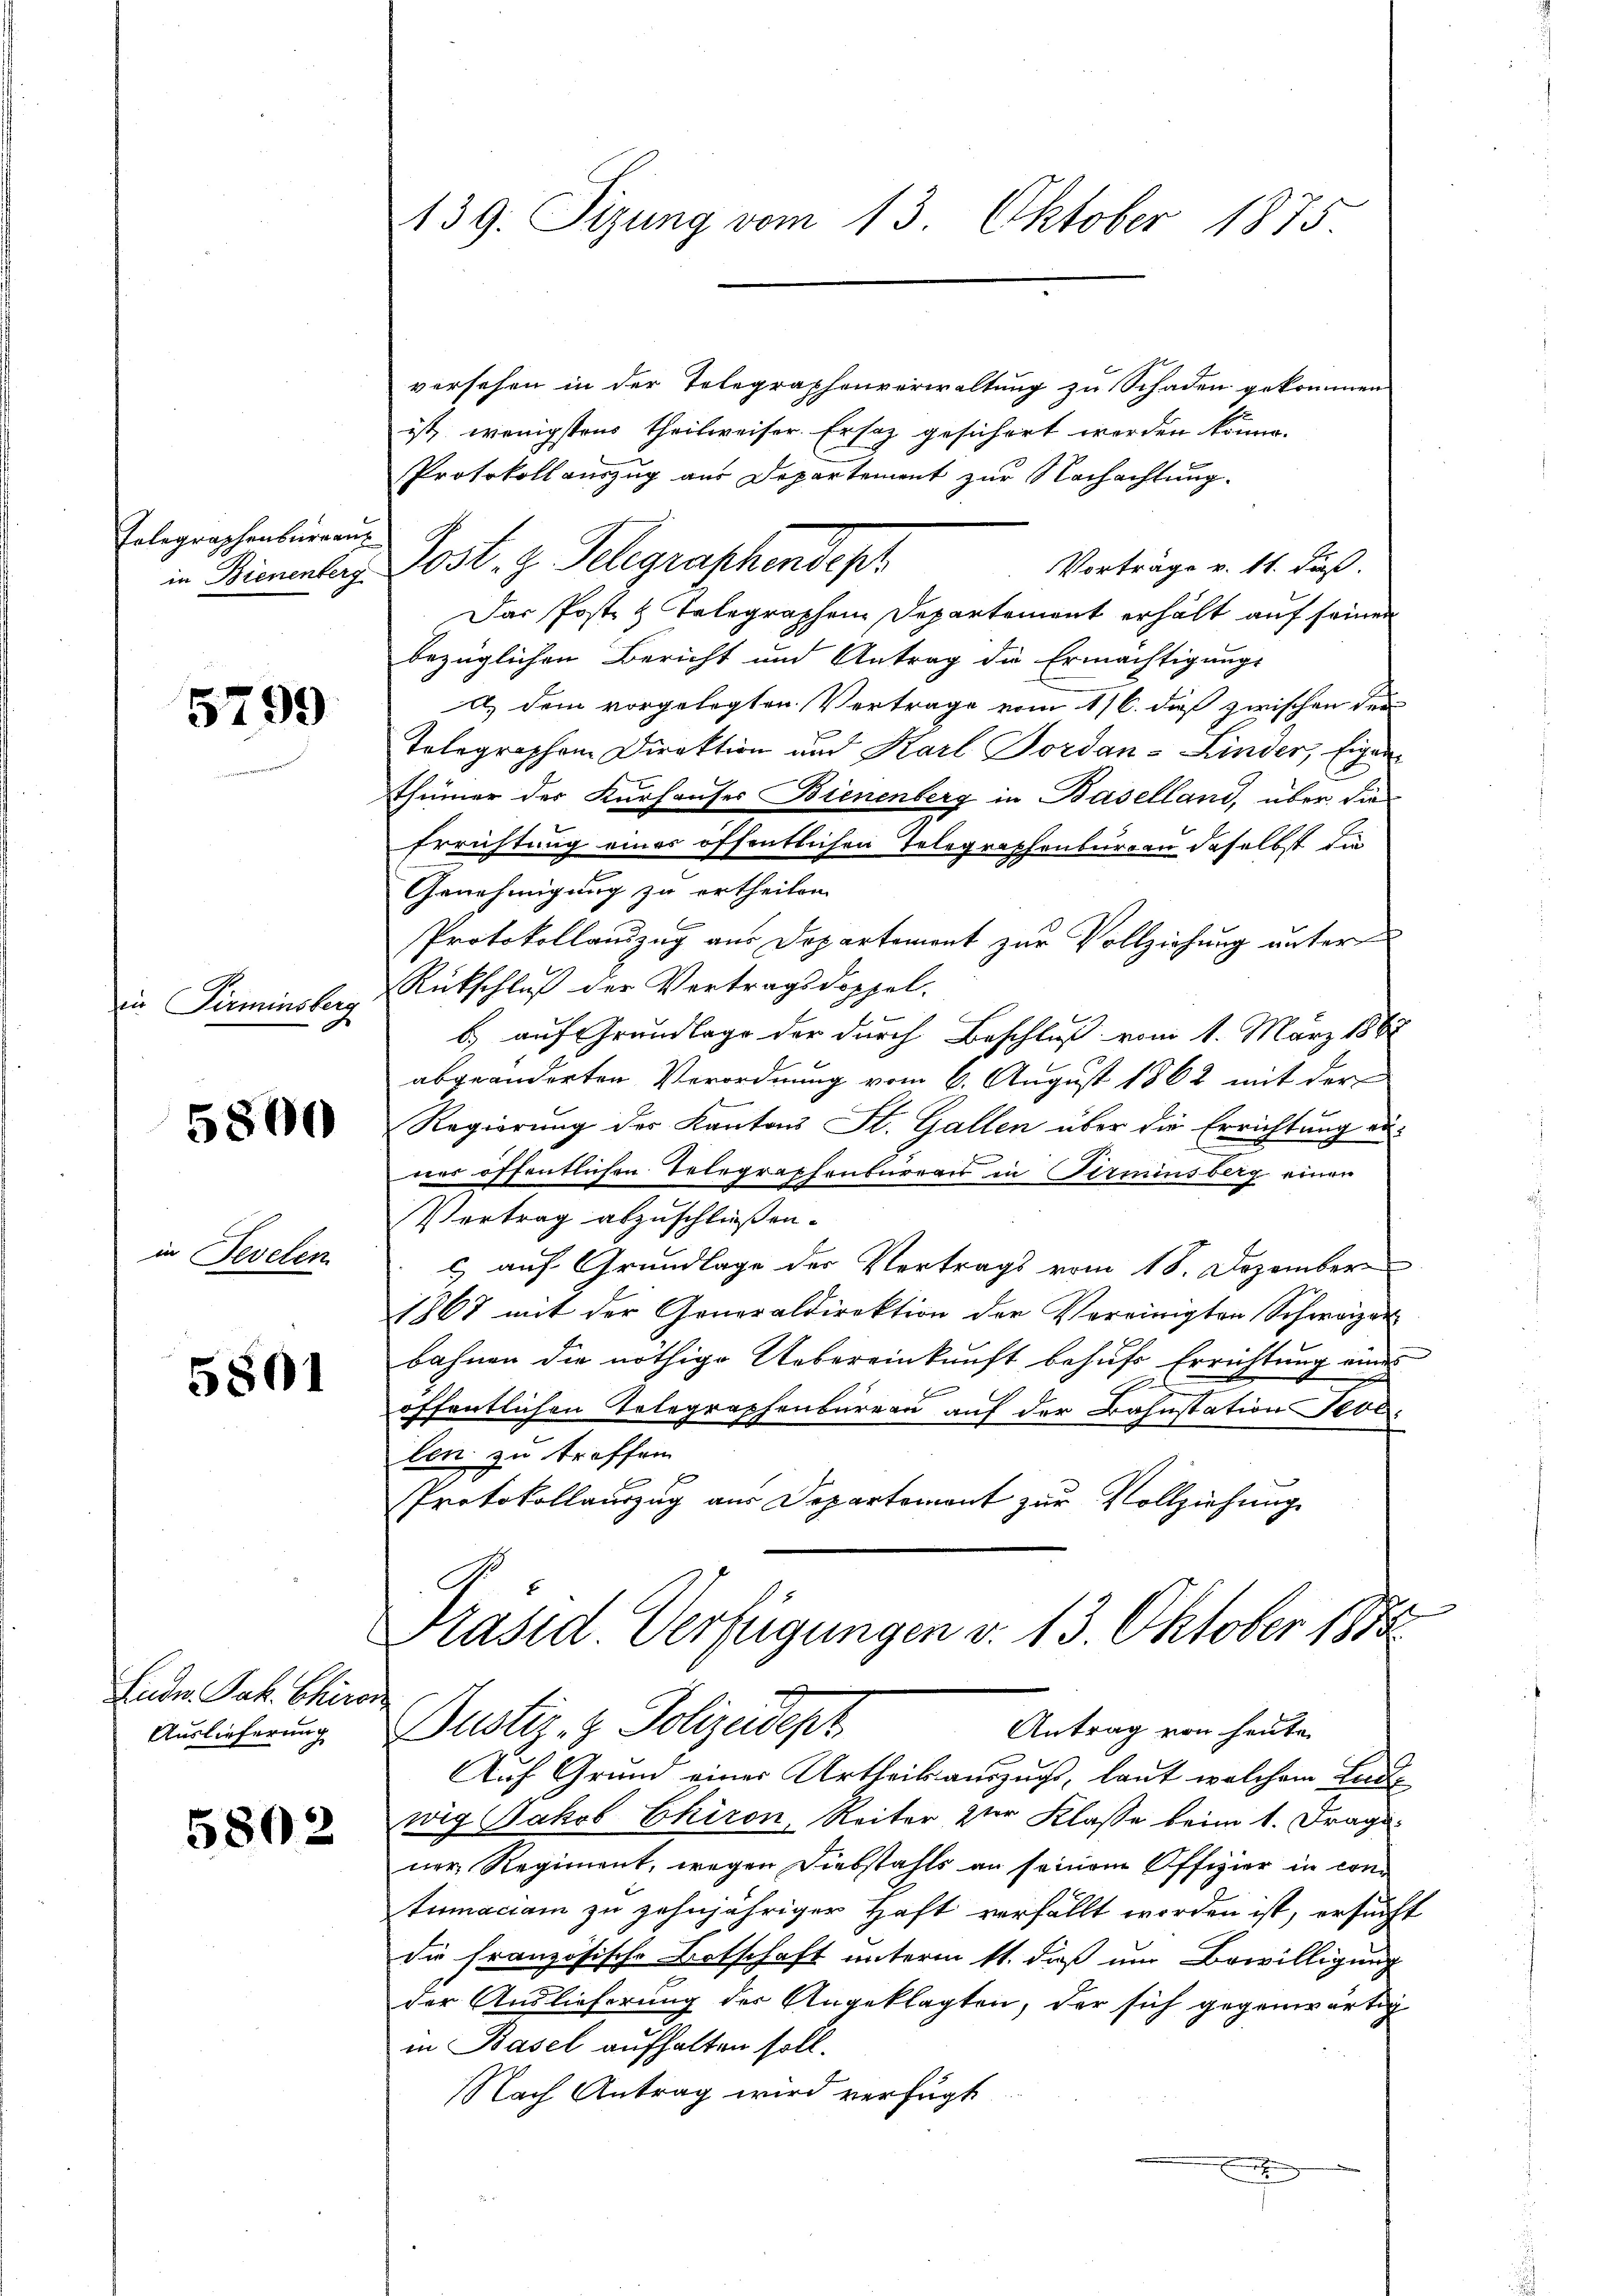
Telegraphenbureau
in Bienenberg

5799

in Pirminsberg

5800

in Bevelen

5801

Ende. Jak. Chiro
Auslieferung

5802

139. Sizung vom 13. Oktober 1875.

versehen in der Telegraphenverwaltung zu Schaden gekommen
ist, wenigstens theilweiser. Ersatz gesichert werden könne.
Protokoll auszug aus Departement zur Nachachtung.
Post. z. Telegraschendesh
Vorträge v. 11. Fuß.
Das Post & Telegraphen Departement erhält auf seinen
bezüglichen Bericht und Antrag die Ermächtigungs-
a.) dem vorgelegten Vertrage vom 1/6. dieß zwischen der
Tolegraphen Direktion und Karl Jordan-Linder, Eigen
thümer der Kurhauses Bienenberg in Baselland, über die
Errichtung einer öffentlichen Telegraphenburgen daselbst die
Genehmigung zu ertheilen.
Protokollauszug aus Departement zur Vollziehung unter
RRückschluß der Vertragsdoppel.
b) auf Grundlage der durch Beschluß vom 1. März 1867
abgeänderten Verordnung vom 6. August 1862 mit der
Regierung des Kantons St. Gallen über die Errichtung aus
ner öffentlichen Telegraphenbureaus in Arminsberg einen
Vertrag abzuschließen.
c auf Grundlage der Vertrags vom 18. Dezember
1867 mit der Generaldirektion der Vereinigten Schweizer
bahnen die nöthige Uebereinkunft behufs Errichtung eines
E
öffentlichen Telegraphenbureau auf der Bahnstation Febr.
len zu treffen
B
Protokollauszug aus Departement zur Vollziehung

Präsid Verfügungen d. 13. Oktober 1888
c
Justiz- & Polizeidept.
Antrag von heute

Auf Grund eines Urtheilsauszugs, laut welchem Lade
wig Jakob Ekiron, Reiter zur Klasse beim 1. Frage.
ner Regiment, wegen Diebstahls an seinem Offizier in contumaciam zu zehnjähriger Haft verfällt worden ist, ersucht
die französische Botschaft unterm 11. daß um Bewilligung
der Auslieferung der Angeklagten, der sich gegenwärtig
in Basel aufhalten soll.
NNach Antrag wird verfügt
x